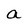
Character: a